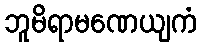
ဘူမိရာမဏေယျကံ